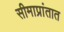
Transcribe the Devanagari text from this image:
सीमाप्रांतात